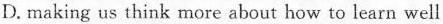
D. making us think more about how to learn well